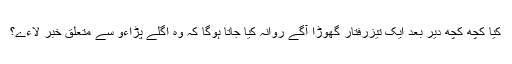
کیا کچھ کچھ دیر بعد ایک تیزرفتار گھوڑا آگے روانہ کیا جاتا ہوگا کہ وہ اگلے پڑاءو سے متعلق خبر لاءے؟